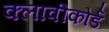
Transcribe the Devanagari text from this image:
क्लावीकोर्ड